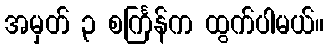
အမှတ် ၃ စင်္ကြန်က ထွက်ပါမယ်။